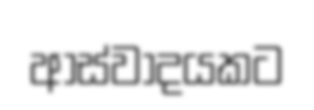
ආස්වාදයකට